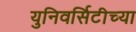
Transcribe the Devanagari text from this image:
युनिवर्सिटीच्या